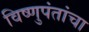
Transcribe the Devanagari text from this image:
विष्णुपंतांचा